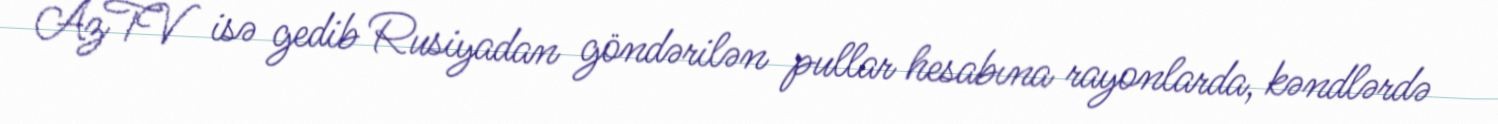
AzTV isə gedib Rusiyadan göndərilən pullar hesabına rayonlarda, kəndlərdə